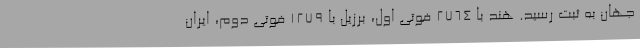
جهان به ثبت رسید. هند با 2764 فوتی اول، برزیل با 1279 فوتی دوم، ایران